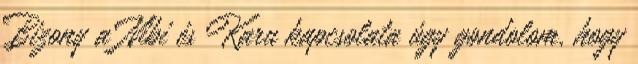
Bizony a Nibi és Karu kapcsolata úgy gondolom, hogy